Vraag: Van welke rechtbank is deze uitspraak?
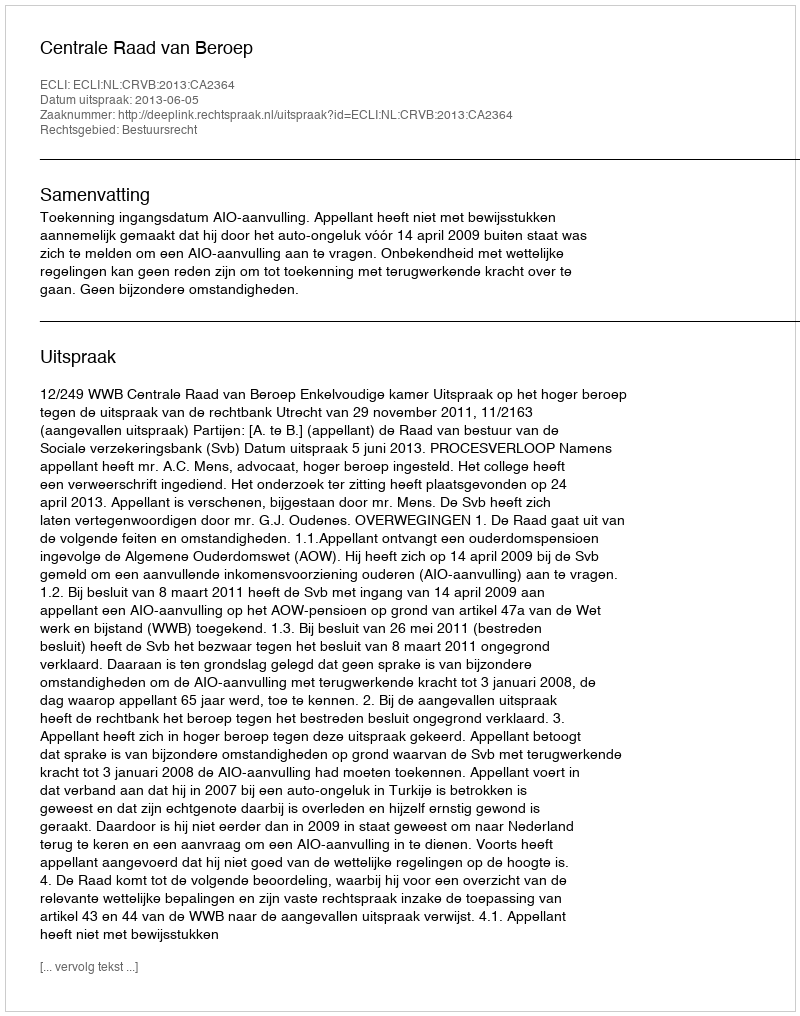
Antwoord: Centrale Raad van Beroep